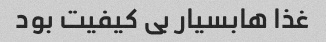
غذا هابسیار بی کیفیت بود